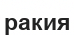
ракия